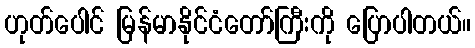
ဟုတ်ပေါင် မြန်မာနိုင်ငံတော်ကြီးကို ပြောပါတယ်။